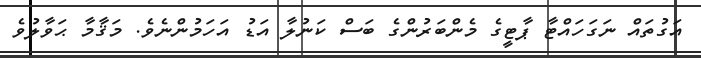
އަގުތައް ނަގަހައްޓާ ޕާޓީގެ މެންބަރުންގެ ބަސް ކަނުލާ އަޑު އަހަމުންނެވެ. މަޤާމާ ޙަވާލުވެ